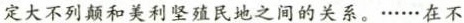
定大不列颠和美利坚殖民地之间的关系。……在不